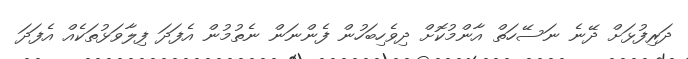
ދަރިފުޅަށް ދޭނެ ނަސޭހަތް އާންމުކޮށް ދިވެހިބަހުން ފެންނަން ނެތުމުން އެފަދަ ފިލާވަޅުތަކެއް އެފަދަ